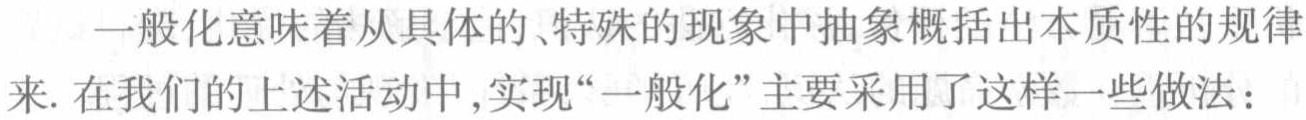
一般化意味着从具体的、特殊的现象中抽象概括出本质性的规律来. 在我们的上述活动中,实现“一般化”主要采用了这样一些做法：